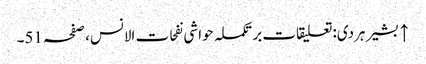
↑ بشیر ہردی: تعلیقات بر تکملہ حواشی نفحات الانس، صفحہ 51۔